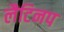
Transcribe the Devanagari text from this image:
लैटिनप